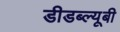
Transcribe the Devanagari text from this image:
डीडब्ल्यूबी